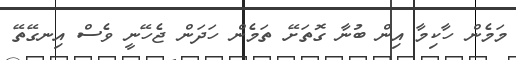
މަމެން ހާކިމާ އިން ބުނާ ގޮތަށޭ ތަމެން ހަދަން ޖެހޭނީ ވެސް އިނގޭތޭ